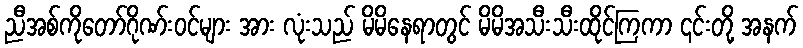
ညီအစ်ကိုတော်ဂိုဏ်းဝင်များ အား လုံးသည် မိမိနေရာတွင် မိမိအသီးသီးထိုင်ကြကာ ၎င်းတို့ အနက်